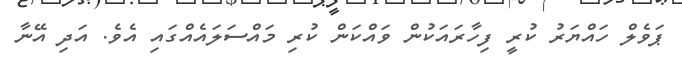
ޕަވެލް ހައްޔަރު ކުރީ ފިހާރައަކުން ވައްކަން ކުރި މައްސަލައެއްގައި އެވެ. އަދި އޭނާ